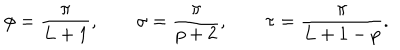
\phi = \frac { \pi } { L + 1 } , \qquad \sigma = \frac { \pi } { p + 2 } , \qquad \tau = \frac { \pi } { L + 1 - p } .